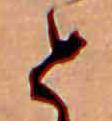
と